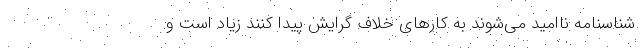
شناسنامه ناامید می‌شوند به کارهای خلاف گرایش پیدا کنند زیاد است و